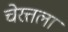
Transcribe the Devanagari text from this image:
चेरत्तला